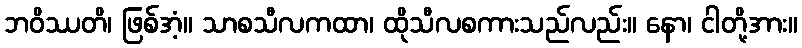
ဘဝိဿတိ၊ ဖြစ်အံ့။ သာစသီလကထာ၊ ထိုသီလစကားသည်လည်း။ နော၊ ငါတို့အား။